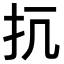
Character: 𢪁